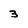
Character: 3